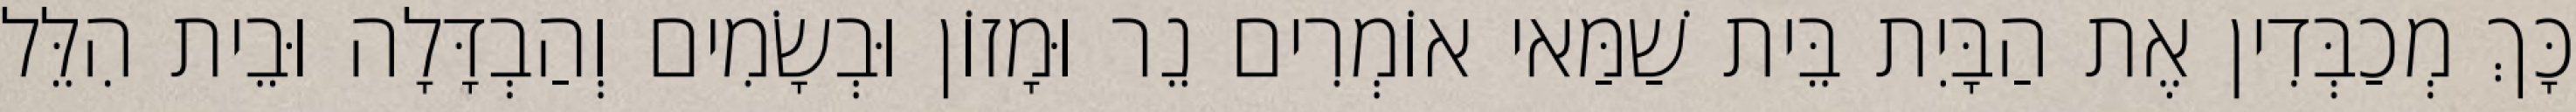
כָּךְ מְכַבְּדִין אֶת הַבָּיִת בֵּית שַׁמַּאי אוֹמְרִים נֵר וּמָזוֹן וּבְשָׂמִים וְהַבְדָּלָה וּבֵית הִלֵּל